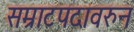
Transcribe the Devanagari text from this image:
सम्राटपदावरुन